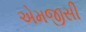
એમજીસી